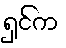
ရှင်က